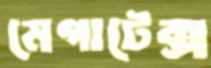
মেগাটেক্স